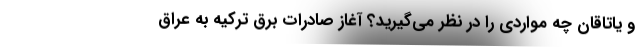
و یاتاقان چه مواردی را در نظر می‌گیرید؟ آغاز صادرات برق ترکیه به عراق